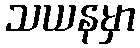
သယနမှာ